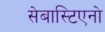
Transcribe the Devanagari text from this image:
सेबास्टिएनो